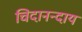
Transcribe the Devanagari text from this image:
चिदानन्दाय